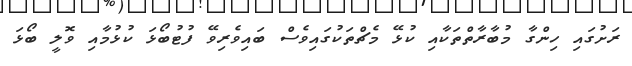
ރަށުގައި ހިންގާ މުބާރާތްތަކާއި ކުޅޭ މެޗްތަކުގައިވެސް ބައިވެރިވޭ ފުޓުބޯޅަ ކުޅުމާއި ވޮލީ ބޯޅަ